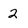
Character: 2